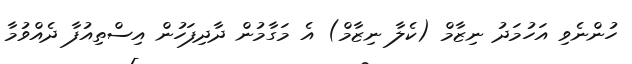
ހުންނެވި އަހުމަދު ނިޒާމް (ކެލާ ނިޒާމް) އެ މަގާމުން ދާދިފަހުން އިސްތިއުފާ ދެއްވުމާ